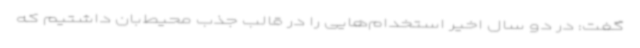
گفت: در دو سال اخیر استخدام‌هایی را در قالب جذب محیط‌بان داشتیم که